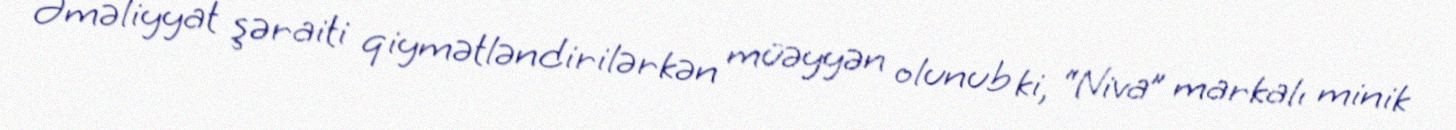
Əməliyyat şəraiti qiymətləndirilərkən müəyyən olunub ki, “Niva” markalı minik